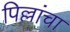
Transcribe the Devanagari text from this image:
पिल्लांचा